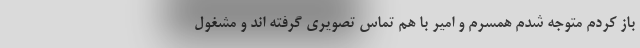
باز کردم متوجه شدم همسرم و امیر با هم تماس تصویری گرفته اند و مشغول